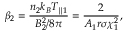
\beta _ { 2 } = \frac { n _ { 2 } k _ { B } T _ { \parallel 1 } } { B _ { 2 } ^ { 2 } / 8 \pi } = \frac { 2 } { A _ { 1 } r \sigma \chi _ { 1 } ^ { 2 } } ,